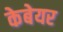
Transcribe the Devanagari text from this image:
केबेयर